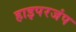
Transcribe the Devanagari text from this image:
हाइपरजंप